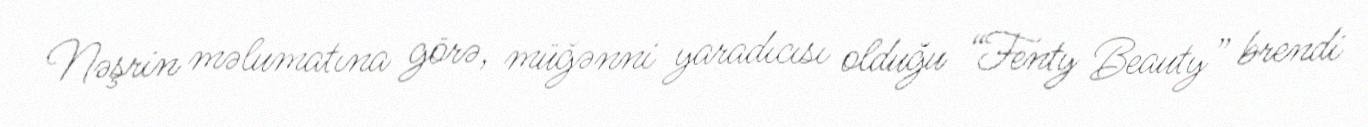
Nəşrin məlumatına görə, müğənni yaradıcısı olduğu “Fenty Beauty” brendi